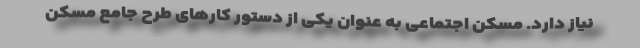
نیاز دارد. مسکن اجتماعی به عنوان یکی از دستور کارهای طرح جامع مسکن